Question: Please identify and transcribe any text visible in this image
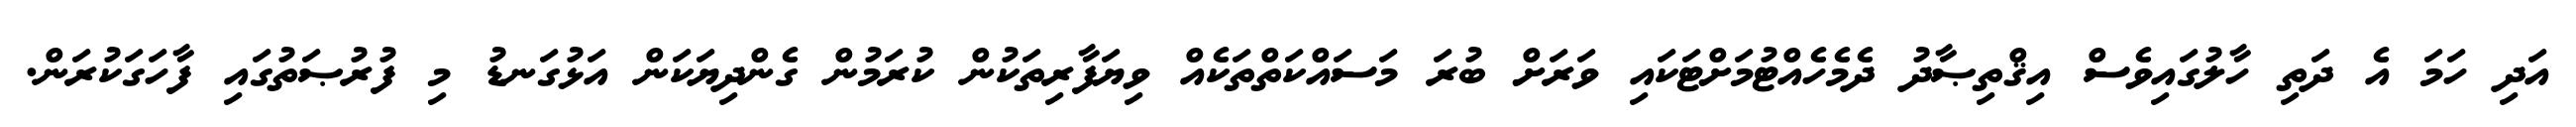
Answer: އަދި ހަމަ އެ ދަތި ހާލުގައިވެސް އިޤްތިޞާދު ދެމެހެއްޓުމަށްޓަކައި ވަރަށް ބުރަ މަސައްކަތްތަކެއް ވިޔަފާރިތަކުން ކުރަމުން ގެންދިޔަކަން އަޅުގަނޑު މި ފުރުޞަތުގައި ފާހަގަކުރަން.